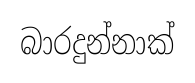
බාරදුන්නාක්